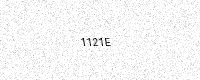
Text: 1121E